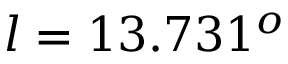
l = 1 3 . 7 3 1 ^ { o }